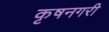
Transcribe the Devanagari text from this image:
कृषनगरी